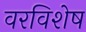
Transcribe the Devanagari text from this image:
वरविशेष